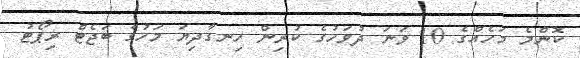
ކޮންމެ މަހެއްގެ 10 ވަނަ ދުވަހުގެ ކުރިން ހިނގާދިޔަ މަހުގެ ބަޖެޓް ރިޕޯޓު